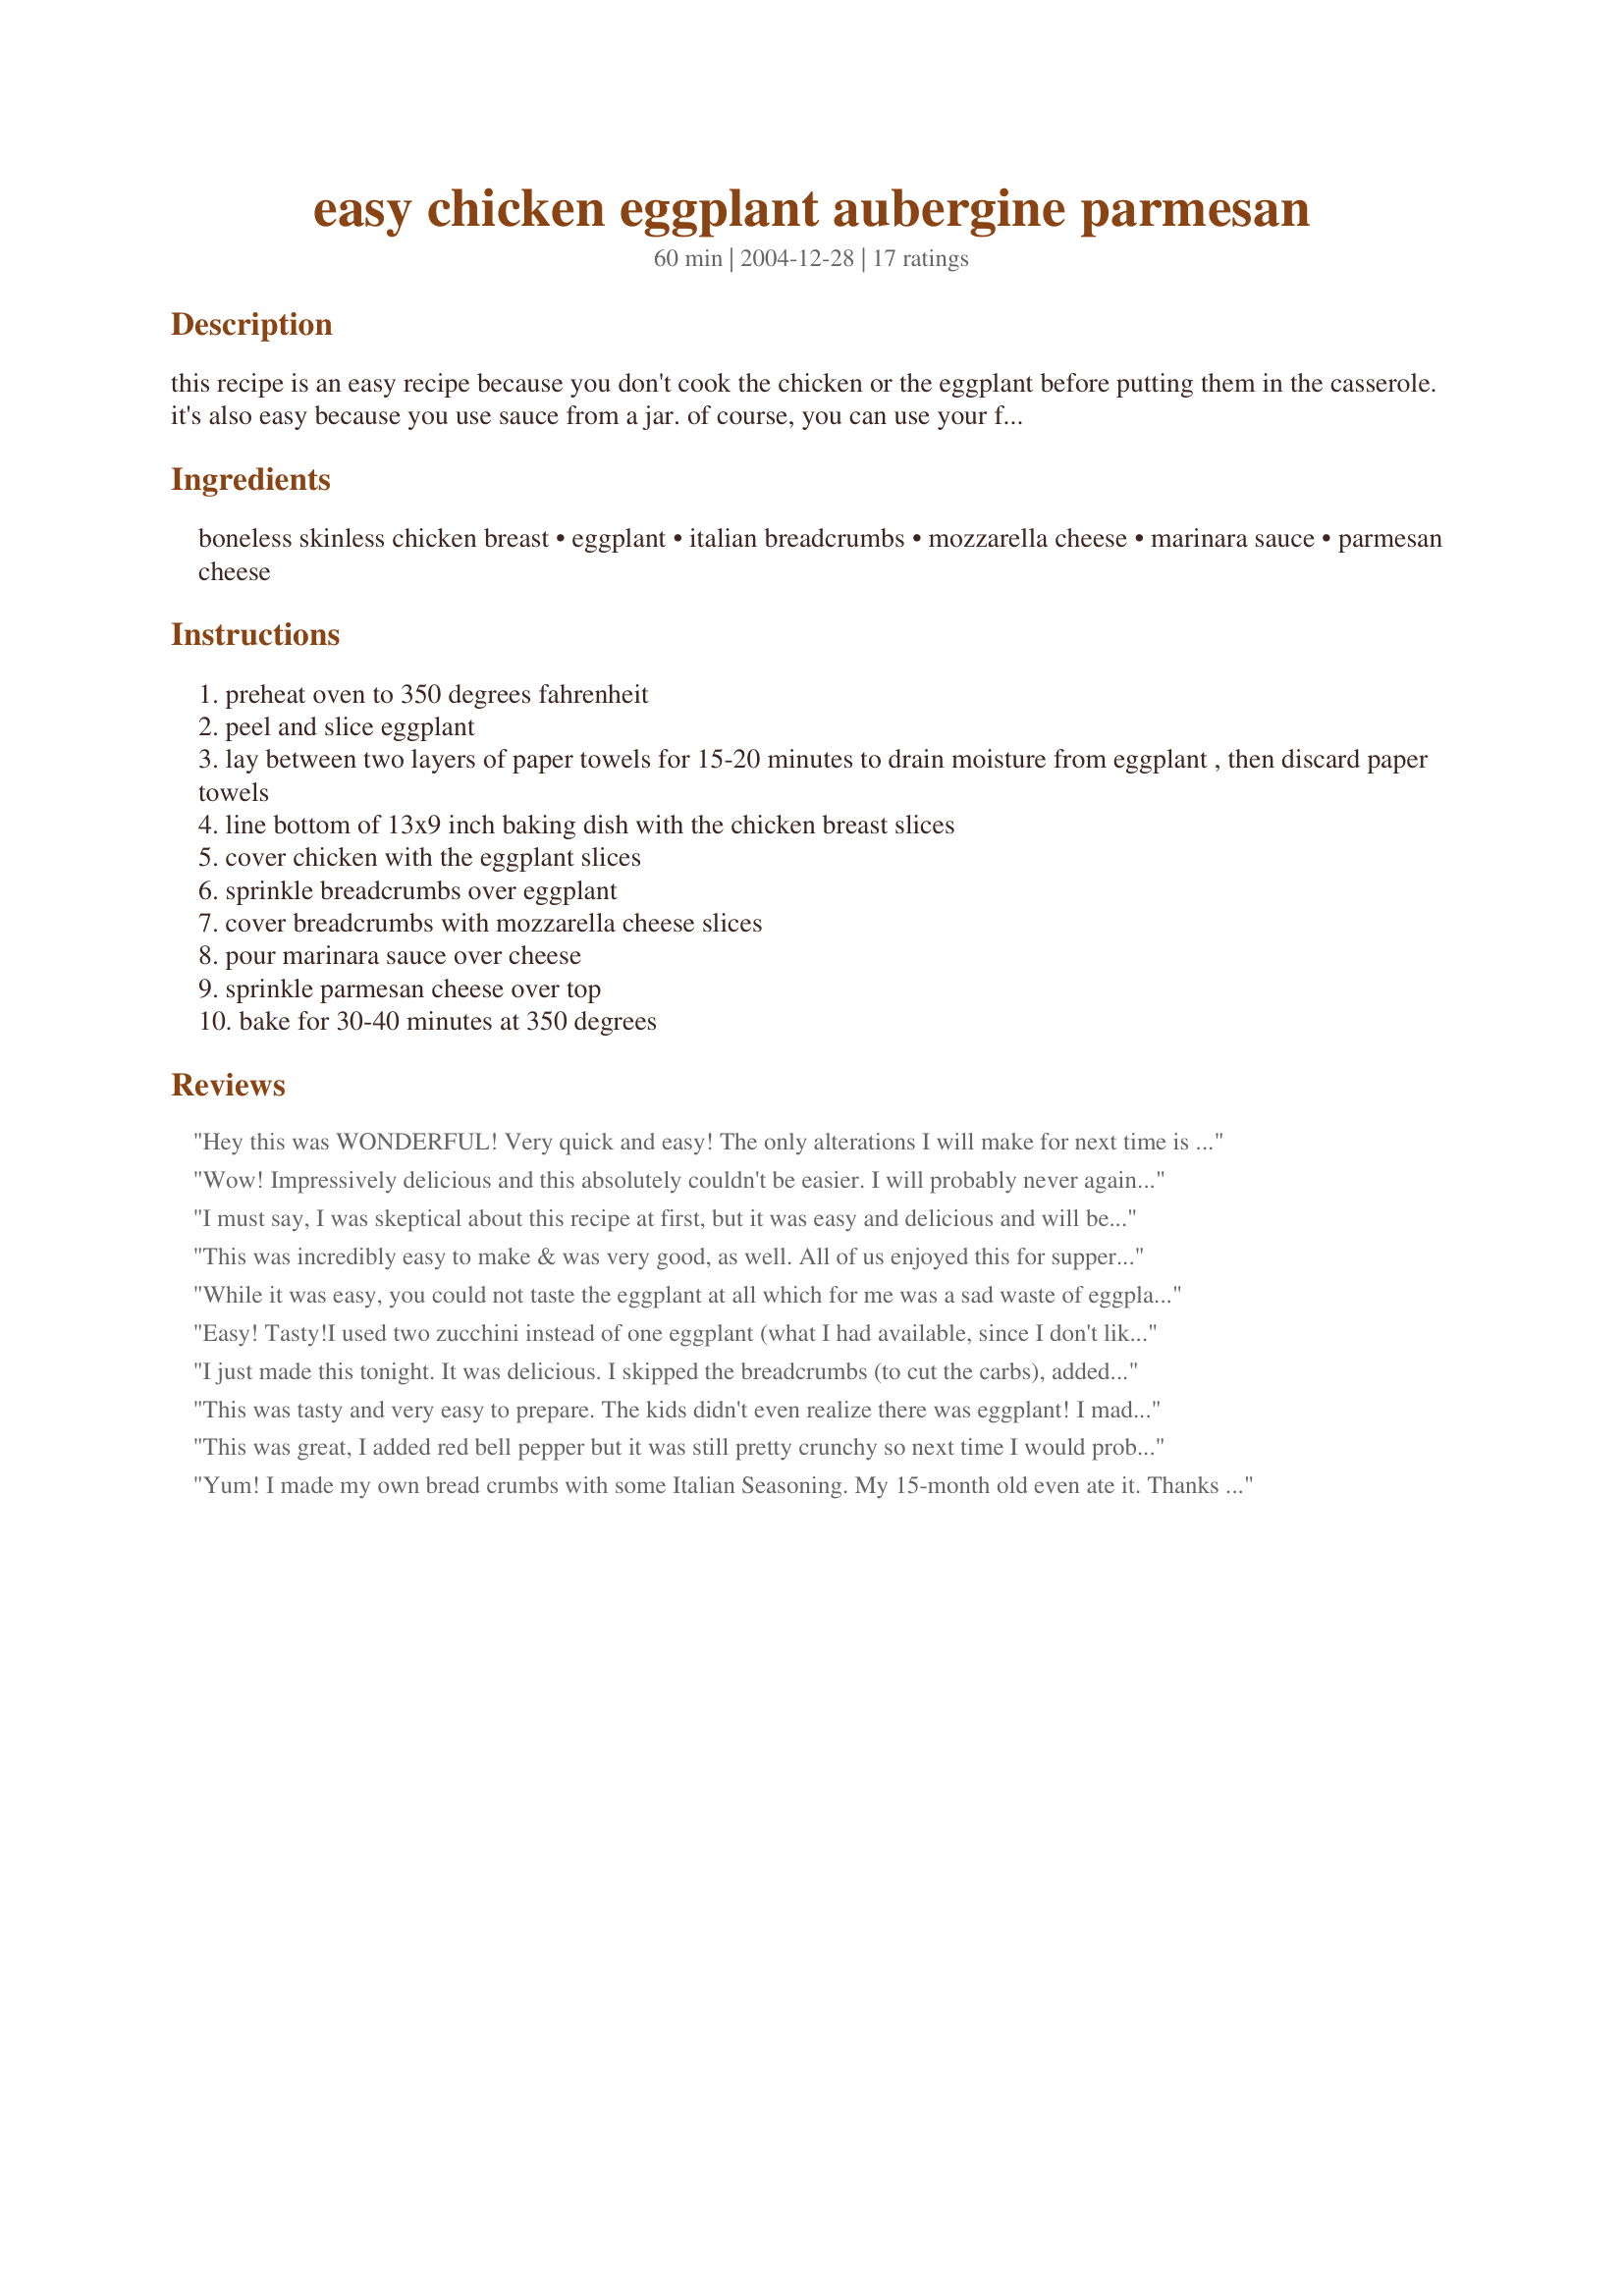
easy chicken eggplant aubergine parmesan
Preparation time: 60 minutes

this recipe is an easy recipe because you don't cook the chicken or the eggplant before putting them in the casserole. it's also easy because you use sauce from a jar. of course, you can use your favorite homemade pasta sauce if desired.

Ingredients:
boneless skinless chicken breast, eggplant, italian breadcrumbs, mozzarella cheese, marinara sauce, parmesan cheese

Steps:
preheat oven to 350 degrees fahrenheit
peel and slice eggplant
lay between two layers of paper towels for 15-20 minutes to drain moisture from eggplant , then discard paper towels
line bottom of 13x9 inch baking dish with the chicken breast slices
cover chicken with the eggplant slices
sprinkle breadcrumbs over eggplant
cover breadcrumbs with mozzarella cheese slices
pour marinara sauce over cheese
sprinkle parmesan cheese over top
bake for 30-40 minutes at 350 degrees

Reviews:
Hey this was WONDERFUL! Very quick and easy! The only alterations I will make for next time is to season up the chicken with some salt and garlic seasoning other then that this was wonderful. I served it over a small bed of pasta! It was very yummy and filling. This was my husbands first time ever having eggplant and he loved it so much! (to add though, this meal didn't taste as wonderful re-heated the next day) But the 1st time around, this is WONDERFUL
Wow! Impressively delicious and this absolutely couldn't be easier. I will probably never again do all that advance prep and frying/sauteing when making a recipe of this kind. Why eat all those fat grams and calories? I was short on mozzarella so I added about 6 ounces of goat cheese and really enjoyed the tang it imparted. I'll probably make it the same way next time. Great recipe. A definite keeper.
I must say, I was skeptical about this recipe at first, but it was easy and delicious and will be a regular meal at our home!!! I used boneless chicken tenders, and classico cabernet marinara sauce. I added 3 cloves of garlic, and added italian seasoning on top. I also sprinkled garlic and onion powder on the chicken before smothering it with the eggplant....very, very good, highly recommend.
This was incredibly easy to make & was very good, as well. All of us enjoyed this for supper with noodles & a tossed salad. I used some frozen chicken tenderloins and grated mozzerella, otherwise followed the recipe to a "T", baking for 40 minutes. Jacking my own review, I will add that dd liked this meal, although when she was a toddler & was served eggplant parmesan, her response was "If it's got plant in it, I don't like it!"
While it was easy, you could not taste the eggplant at all which for me was a sad waste of eggplant :(
Easy! Tasty!<br/><br/>I used two zucchini instead of one eggplant (what I had available, since I don't like eggplant -- I made thick diagonal slices, and I did NOT "drain" the zucchini so no waiting there), grated mozzarella instead of slices (leftover from pizza), and canned crushed tomatoes (with basil, oregano, and garlic to taste) instead of jarred marinara sauce. Sliced chicken (mine was still slightly frozen) worked out well. This was easy to pull together, fast to assemble, and tasted great!
I just made this tonight. It was delicious. I skipped the breadcrumbs (to cut the carbs), added fresh garlic (between the chicken & the eggplant) and used less cheese (trying to eat a little healthier). This sounds like I made a dull recipe but it still turned out super yummy so the fully recipe I am sure would be even more delicious. I did put the eggplant between two paper towels and added a little salt to take out the water (still not sure why the water is bad, my mom always said to do this) then patted (hard) with regular towel. Thank you GrandmalsCooking for this great recipe that I know will be one of our regular meals!!! Served this to friends who loved it as well.
This was tasty and very easy to prepare. The kids didn't even realize there was eggplant! I made a triple batch so we'll see how the freezer version turns out. Thanks for the recipe!
This was great, I added red bell pepper but it was still pretty crunchy so next time I would probably just use onion instead. I choped and eggplant into cubes to make it easier to eat. I also seasoned the chicken and eggplant with cajun seasoning, onion powder italian seasoning and minced garlic. I only had cheddar cheese and panko breadcrumbs but it was fine. I would like to try it with the mozzarella slices sometime, but I was looking to make it healthier.
Yum! I made my own bread crumbs with some Italian Seasoning. My 15-month old even ate it. Thanks for posting.
This was incredibly good! I actually made it because I needed a recipe to use up some chicken from the night before and an eggplant that had been sitting on the counter for several days with no purpose. The chicken was already cooked and I only had about 3/4 of a pound, but I kept everything else the same and it was delicious. My husband and I loved it. The bread crumbs gave it such a neat texture. Thanks for posting!
Excellent and easy. Friends and family loved it. Used a nice garlic and herb marinara sauce. One large eggplant works better for me. Also bought 1-1/2 lbs of chicken strips. Fresh mozarella and parmesan (not the stuff in the green cardboard tube)really helps. Served it with green salad and fresh italian garlic bread...no need for pasta.
This has become my default dinner. Period. If I'm too tired or clueless to think about dinner (24/7/52, almost), this is what he's goin' get, 'cause it is sooo easy and sooo good. For the two of us I make it in a square pan with two sliced medium chicken breast halves. There is still one little piece left over, which I cherish cold the next day. I sprinkle a little oregano and basil over regular breadcrumbs to make them Italian. Thanks so much for this gem.
I put 1/2 of it in my freezer for one of my 'too rushed' nights! This was very tasty! I'd say it is essential to slice the eggplant relatively thinly (1/4") and do peel it. I was a little careless and a thick, unpeeled piece of eggplant is just hard to eat! I added salt, pepper, and lots of garlic cloves between chicken & eggplant layers, and used olive pasta sauce. YUM!
This was absolutely delicious and it couldn't have been easier!!! My husband and I both loved it!!! The only modification I made was I added some more herbs to the bread crumbs plus a dash of red pepper flakes. This is a keeper!!!
I made this a couple weeks ago and forgot to review it :) it is absolutely delicious and so so so easy!! My recipe that I do takes a long process and is pretty high in fat and also delicious but I really didn't miss all that fat when eating this recipe. I lowered the fat content even more by using reduced fat cheese and it was still great. My husband really loved it too!! thanks so much for this recipe!!
Just made this tonight and it was awesome! I think next time, I'll try adding a few black olives into the mix and a little garlic, but it's great just the way it is. Tastes great, wasn't extraordinarily difficult to make. Overall, an excellent recipe!
